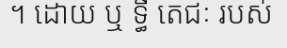
។ ដោយ ឬ ទ្ធី តេជៈ របស់